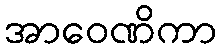
အာဝေဏိကာ